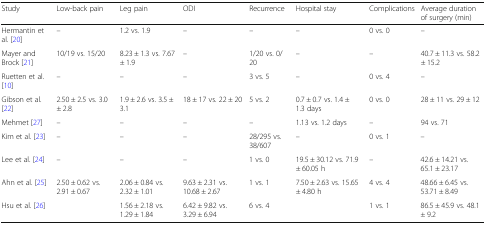
| Study | Low-back pain | Leg pain | ODI | Recurrence | Hospital stay | Complications | Average duration of surgery (min) |
 | --- | --- | --- | --- | --- | --- | --- | --- |
 | Hermantin et al. [20] | – | 1.2 vs. 1.9 | – | – | – | 0 vs. 0 | – |
 | Mayer and Brock [21] | 10/19 vs. 15/20 | 8.23 ± 1.3 vs. 7.67 ± 1.9 | – | 1/20 vs. 0/20 | – | – | 40.7 ± 11.3 vs. 58.2 ± 15.2 |
 | Ruetten et al. [10] | – | – | – | 3 vs. 5 | – | 0 vs. 4 | – |
 | Gibson et al. [22] | 2.50 ± 2.5 vs. 3.0 ± 2.8 | 1.9 ± 2.6 vs. 3.5 ± 3.1 | 18 ± 17 vs. 22 ± 20 | 5 vs. 2 | 0.7 ± 0.7 vs. 1.4 ± 1.3 days | 0 vs. 0 | 28 ± 11 vs. 29 ± 12 |
 | Mehmet [27] | – | – | – | – | 1.13 vs. 1.2 days | – | 94 vs. 71 |
 | Kim et al. [23] | – | – | – | 28/295 vs. 38/607 | – | 0 vs. 1 | – |
 | Lee et al. [24] | – | – | – | 1 vs. 0 | 19.5 ± 30.12 vs. 71.9 ± 60.05 h | – | 42.6 ± 14.21 vs. 65.1 ± 23.17 |
 | Ahn et al. [25] | 2.50 ± 0.62 vs. 2.91 ± 0.67 | 2.06 ± 0.84 vs. 2.32 ± 1.01 | 9.63 ± 2.31 vs. 10.68 ± 2.67 | 1 vs. 1 | 7.50 ± 2.63 vs. 15.65 ± 4.80 h | 4 vs. 4 | 48.66 ± 6.45 vs. 53.71 ± 8.49 |
 | Hsu et al. [26] |  | 1.56 ± 2.18 vs. 1.29 ± 1.84 | 6.42 ± 9.82 vs. 3.29 ± 6.94 | 6 vs. 4 |  | 1 vs. 1 | 86.5 ± 45.9 vs. 48.1 ± 9.2 |